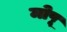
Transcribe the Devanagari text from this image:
मोपू